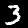
Digit: 3